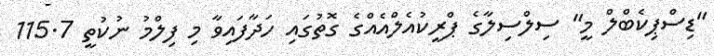
"ޑިސްޕިކެބްލް މީ" ސިލްސިލާގެ ޕްރީކުއެލްއެއްގެ ގޮތުގައި ހަދާފައިވާ މި ފިލްމު ނުކުތީ 115.7